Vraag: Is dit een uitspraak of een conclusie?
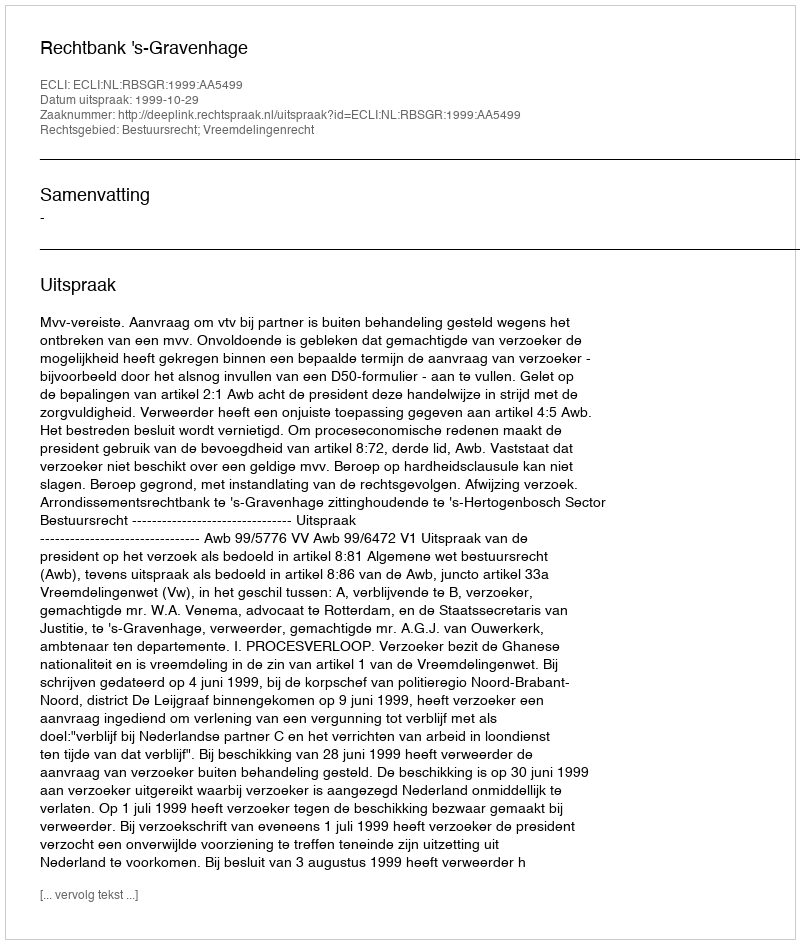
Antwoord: Uitspraak